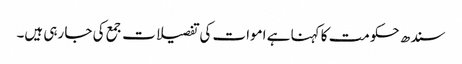
سندھ حکومت کا کہنا ہے اموات کی تفصیلات جمع کی جا رہی ہیں۔